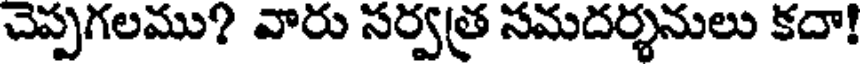
చెప్పగలము? వారు సర్వత్ర సమదర్శనులు కదా!